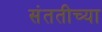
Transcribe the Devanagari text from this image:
संततीच्या